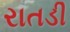
રાતડી